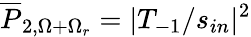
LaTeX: \overline{{P}}_{2,\Omega+\Omega_{r}}=|T_{-1}/s_{in}|^{2}